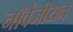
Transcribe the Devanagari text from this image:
नॉर्वेजीयन